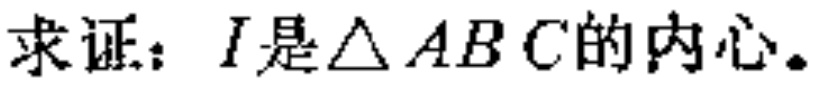
求证：\(I\)是\(\triangle ABC\)的内心。